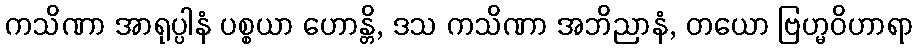
ကသိဏာ အာရုပ္ပါနံ ပစ္စယာ ဟောန္တိ, ဒသ ကသိဏာ အဘိညာနံ, တယော ဗြဟ္မဝိဟာရာ